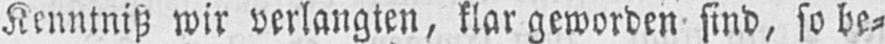
Kenntniß wir verlangten, klargewordensind, so be⸗